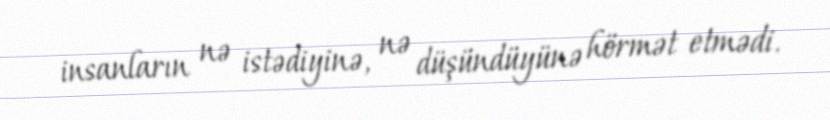
insanların nə istədiyinə, nə düşündüyünə hörmət etmədi.